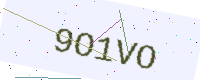
Text: 9O1VO